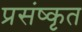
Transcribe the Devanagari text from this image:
प्रसंष्कृत